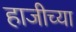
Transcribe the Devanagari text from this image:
हाजीच्या